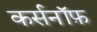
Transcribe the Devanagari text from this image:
कर्सनॉफ़